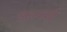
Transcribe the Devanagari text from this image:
असम्बन्धी